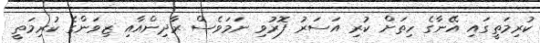
ކުރިމަތީގައި އޭނާގެ ހިތަށް ކުރި އަސަރު ފޮރުވި ނަމަވެސް ރާދިންއާއި ޒިވަންގެ ކުރިމަތީ